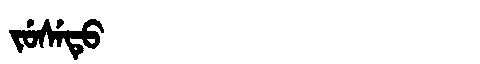
Manchu: ᠵᡠᠰᡝᡨᡠ
Romanization: JUSETU